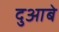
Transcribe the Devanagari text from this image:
दुआबे